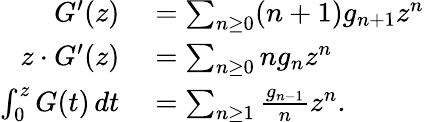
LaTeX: \begin{array}{rl}{G^{\prime}(z)}&{{}=\sum_{n\geq 0}(n+1)g_{n+1}z^{n}}\\ {z\cdot G^{\prime}(z)}&{{}=\sum_{n\geq 0}ng_{n}z^{n}}\\ {\int_{0}^{z}G(t)\, dt}&{{}=\sum_{n\geq 1}{\frac{g_{n-1}}{n}}z^{n}.}\end{array}